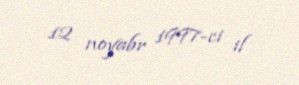
12 noyabr 1997-ci il